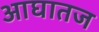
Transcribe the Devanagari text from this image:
आघातज